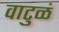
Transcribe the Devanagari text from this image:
वाटुळं